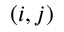
( i , j )